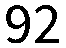
92